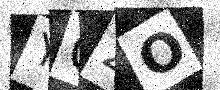
Text: YQ2O